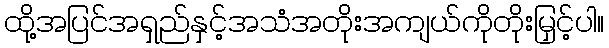
ထို့အပြင်အရှည်နှင့်အသံအတိုးအကျယ်ကိုတိုးမြှင့်ပါ။